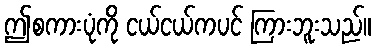
ဤစကားပုံကို ငယ်ငယ်ကပင် ကြားဘူးသည်။